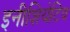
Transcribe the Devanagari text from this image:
इनीशियेटिव